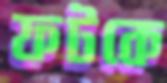
ফটকে